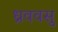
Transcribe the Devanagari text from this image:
ध्रववसु